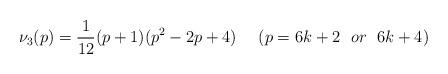
LaTeX: \begin{align*}\nu_3(p) = \frac{1}{12}(p+1)(p^2-2p+4)~~~~(p=6k+2~~or~~6k+4)\end{align*}